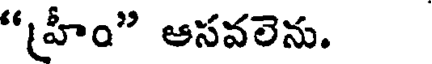
"హీం" ఆసవలెను.